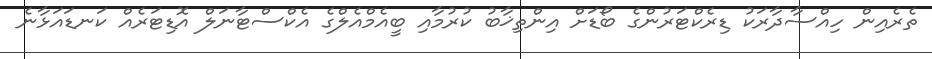
ތެރެއިން ހިއްސާދާރަކު ޑިރެކްޓަރުންގެ ބޯޑަށް އިންތިޚާބު ކުރުމާއި ބީއެމްއެލްގެ އެކްސްޓާނަލް އޮޑިޓަރެއް ކަނޑައަޅާނެ